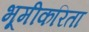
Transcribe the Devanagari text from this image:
भूमीकरिता